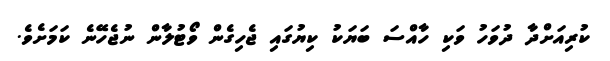
ކުރިއަށްދާ ދުވަހު ވަކި ހާއްސަ ބަޔަކު ކިޔުގައި ޖެހިގެން ވޯޓުލާން ނުޖެހޭނެ ކަމަށެވެ.